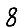
Digit: 8